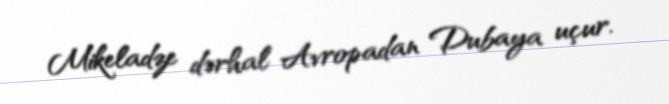
Mikeladze dərhal Avropadan Dubaya uçur.